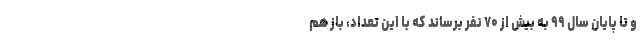
و تا پایان سال ۹۹ به بیش از ۷۰ نفر برساند که با این تعداد، باز هم